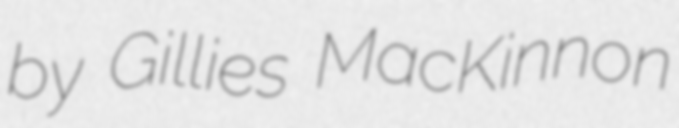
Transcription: by Gillies MacKinnon